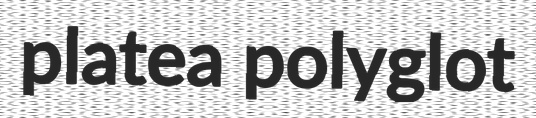
platea polyglot